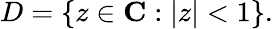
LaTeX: D=\{ z\in\mathbf{C}:|z|<1\} .